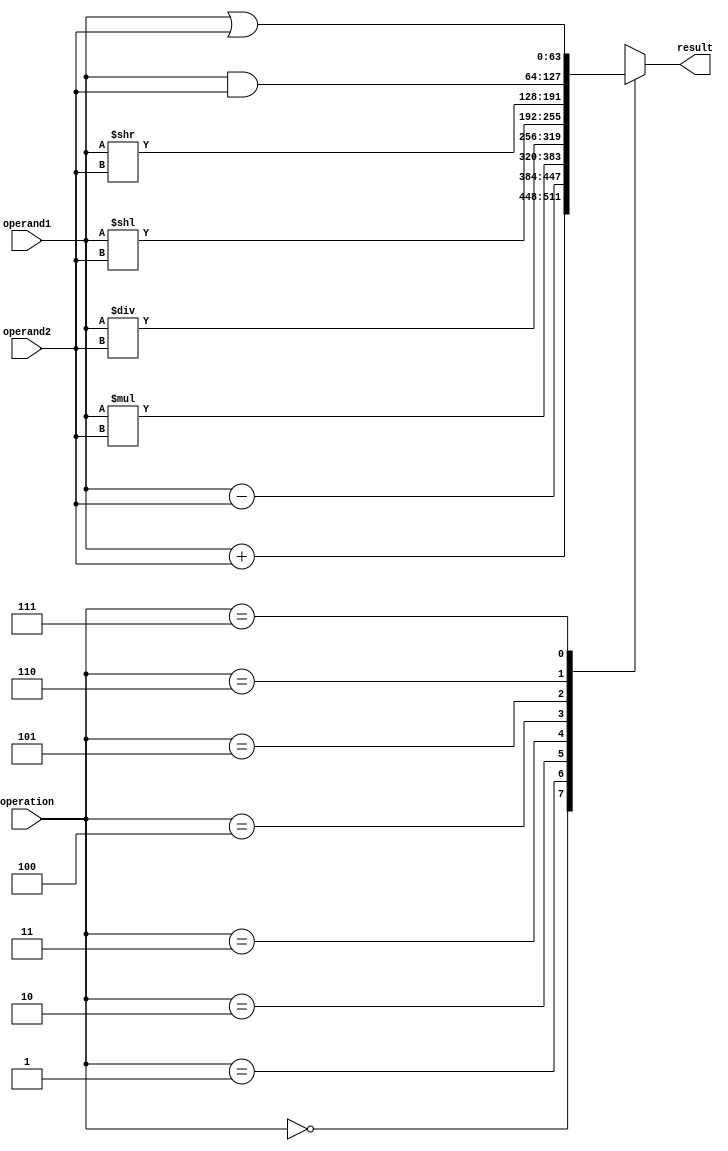
module ALU(
    input [63:0] operand1,
    input [63:0] operand2,
    input [2:0] operation,
    output reg [63:0] result
);

always @(*)
begin
    case(operation)
        3'b000: result = operand1 + operand2; // Addition
        3'b001: result = operand1 - operand2; // Subtraction
        3'b010: result = operand1 * operand2; // Multiplication
        3'b011: result = operand1 / operand2; // Division
        3'b100: result = operand1 << operand2; // Shift
        3'b101: result = operand1 >> operand2; // Rotate
        3'b110: result = operand1 & operand2; // Logical AND
        3'b111: result = operand1 | operand2; // Logical OR
    endcase
end

endmodule